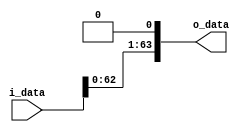
module ShiftLeft1 #(
    parameter DATA_W = 64
)(
    input  [DATA_W-1:0] i_data,
    output [DATA_W-1:0] o_data
);

assign o_data = i_data << 1;

endmodule